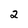
Character: 2